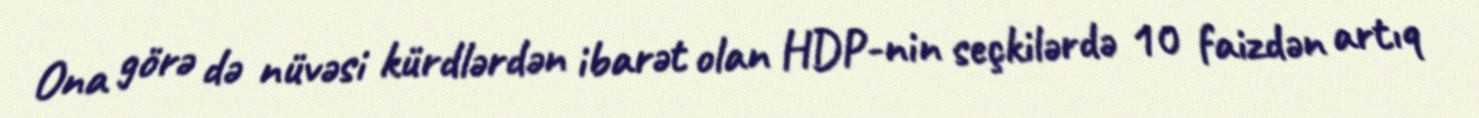
Ona görə də nüvəsi kürdlərdən ibarət olan HDP-nin seçkilərdə 10 faizdən artıq